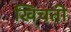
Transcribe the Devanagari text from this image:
खिचती